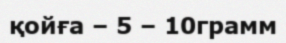
қойға – 5 – 10грамм